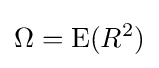
\Omega =\operatorname {E} (R^{2})